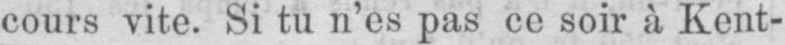
cours vite. Si tu n’es pas ce soir à Kent-